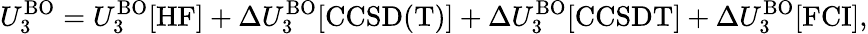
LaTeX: U_{3}^{\mathrm{BO}}=U_{3}^{\mathrm{BO}}[\mathrm{HF}]+\Delta U_{3}^{\mathrm{BO}}[\mathrm{CCSD(T)}]+\Delta U_{3}^{\mathrm{BO}}[\mathrm{CCSDT}]+\Delta U_{3}^{\mathrm{BO}}[\mathrm{FCI}],